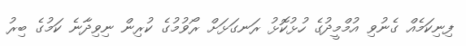
ފިނިކަމެއް ގެނުވި އުމްމީދުގެ ހުޅުކޮޅު ރަނގަޅަށް ރޯވުމުގެ ކުރިން ނިވިދާނެ ކަމުގެ ބިރު